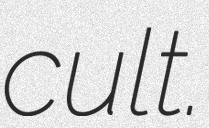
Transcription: cult.